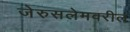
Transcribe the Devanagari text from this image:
जेरुसलेमवरील